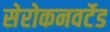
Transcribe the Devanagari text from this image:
सेरोकनवर्टेड